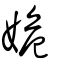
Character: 姽